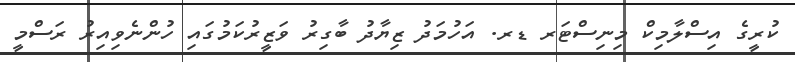
ކުރީގެ އިސްލާމިކް މިނިސްޓަރ ޑރ. އަހުމަދު ޒިޔާދު ބާގިރު ވަޒީރުކަމުގައި ހުންނެވިއިރު ރަސްމީ